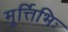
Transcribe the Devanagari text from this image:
मूर्त्तिभिः